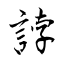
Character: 誖